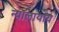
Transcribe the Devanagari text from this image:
न्यालायाय